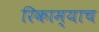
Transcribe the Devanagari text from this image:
रिकाम्याच